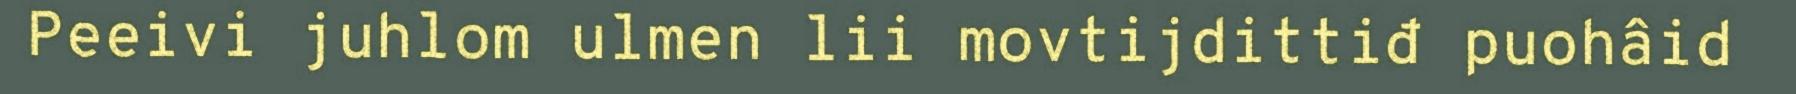
Peeivi juhlom ulmen lii movtijdittiđ puohâid